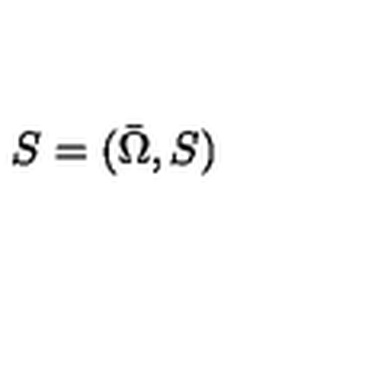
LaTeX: S = ( { \bar { \Omega } } , S )